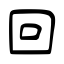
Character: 回